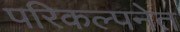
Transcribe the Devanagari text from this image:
परिकल्पनेत